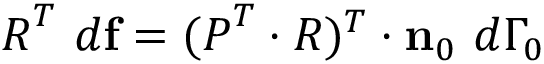
{ \boldsymbol { R } } ^ { T } ~ d \mathbf { f } = ( { \boldsymbol { P } } ^ { T } \cdot { \boldsymbol { R } } ) ^ { T } \cdot \mathbf { n } _ { 0 } ~ d \Gamma _ { 0 }